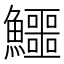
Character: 鱷